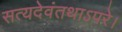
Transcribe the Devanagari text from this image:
सत्यदेवंतथाऽपरे।